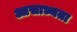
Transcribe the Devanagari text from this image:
आसाध्यता